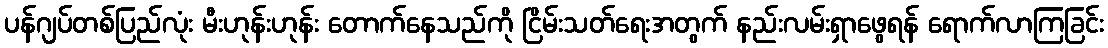
ပန်ဂျပ်တစ်ပြည်လုံး မီးဟုန်းဟုန်း တောက်နေသည်ကို ငြိမ်းသတ်ရေးအတွက် နည်းလမ်းရှာဖွေရန် ရောက်လာကြခြင်း